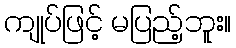
ကျုပ်ဖြင့် မပြည့်ဘူး။